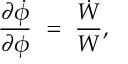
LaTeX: { \frac { \partial \dot { \phi } } { \partial \phi } } ~ = ~ { \frac { \dot { W } } { W } } ,